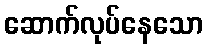
ဆောက်လုပ်နေသော